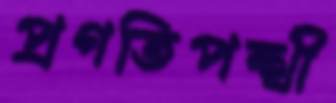
প্রগতিপন্থী